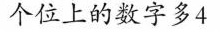
个位上的数字多4